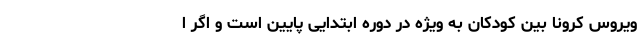
ویروس کرونا بین کودکان به‌ ویژه در دوره ابتدایی پایین است و اگر ا